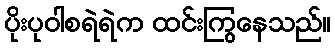
ပိုးပုဝါစရဲရဲက ထင်းကြွနေသည်။